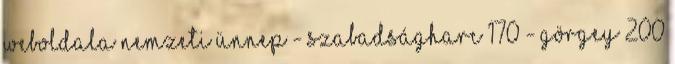
Weboldala Nemzeti ünnep - Szabadságharc 170 - Görgey 200